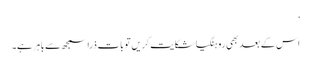
’
اس کے بعد بھی روہنگیا شکایت کریں تو بات ذرا سمجھ سے باہر ہے۔